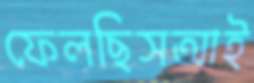
ফেলছিসআই